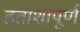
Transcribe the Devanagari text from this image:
हताशापूर्ण